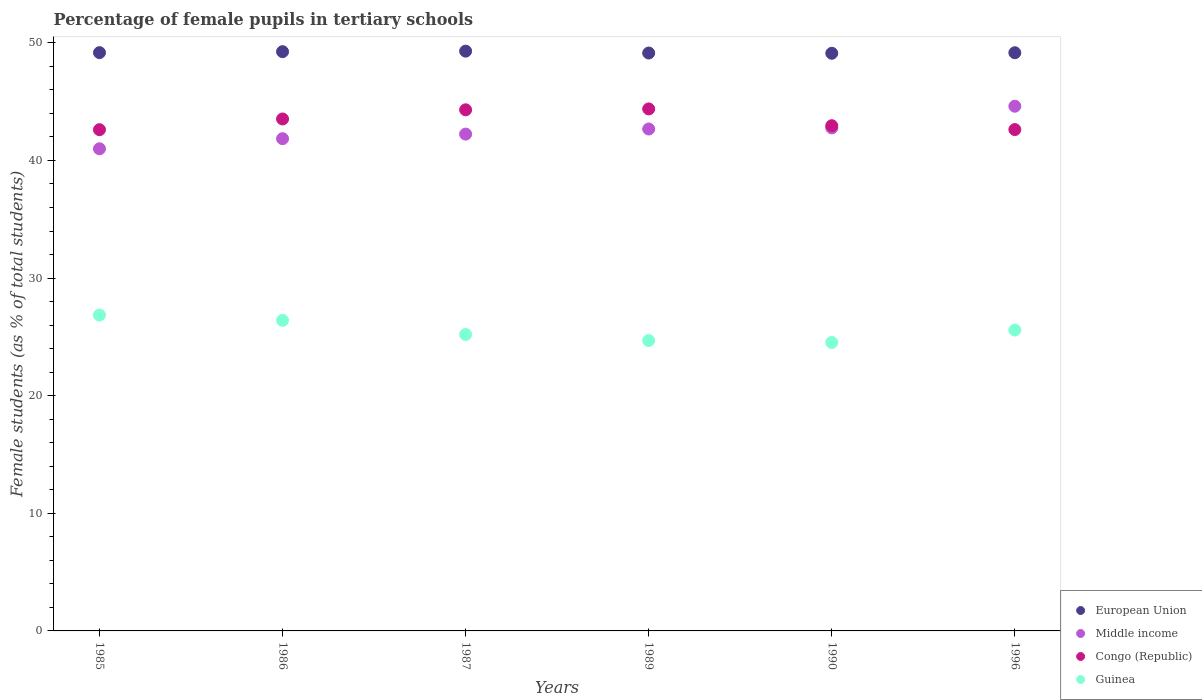
| Years | European Union | Middle income | Congo (Republic) | Guinea |
 | --- | --- | --- | --- | --- |
 | 1985 | 49.2 | 41 | 42.6 | 26.9 |
 | 1986 | 49.3 | 41.9 | 43.5 | 26.4 |
 | 1987 | 49.3 | 42.2 | 44.3 | 25.2 |
 | 1989 | 49.1 | 42.7 | 44.4 | 24.7 |
 | 1990 | 49.1 | 42.8 | 43 | 24.5 |
 | 1996 | 49.2 | 44.6 | 42.6 | 25.6 |